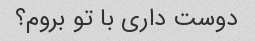
دوست داری با تو بروم؟